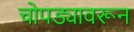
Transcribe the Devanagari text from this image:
चोपड्यावरून